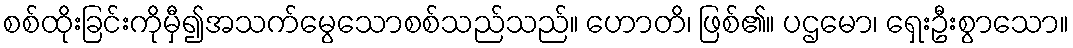
စစ်ထိုးခြင်းကိုမှီ၍အသက်မွေသောစစ်သည်သည်။ ဟောတိ၊ ဖြစ်၏။ ပဌမော၊ ရှေးဦးစွာသော။